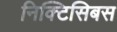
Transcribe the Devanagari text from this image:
निक्टिसिबस